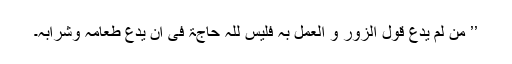
’’ من لم یَدَعْ قولَ الزورِ و العملَ بہٖ فلیس للّٰہ حاجۃٌ فی أن یَّدَعَ طعامَہٗ وشرابَہٗ۔